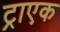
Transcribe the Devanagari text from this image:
ट्राएक